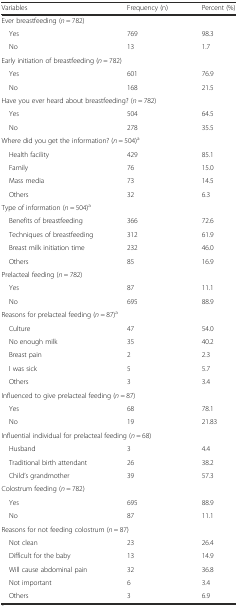
<table><thead><tr><td><b>Variables</b></td><td><b>Frequency (n)</b></td><td><b>Percent (%)</b></td></tr></thead><tbody><tr><td colspan="3">Ever breastfeeding (<i>n</i> = 782)</td></tr><tr><td> Yes</td><td>769</td><td>98.3</td></tr><tr><td> No</td><td>13</td><td>1.7</td></tr><tr><td colspan="3">Early initiation of breastfeeding (<i>n</i> = 782)</td></tr><tr><td> Yes</td><td>601</td><td>76.9</td></tr><tr><td> No</td><td>168</td><td>21.5</td></tr><tr><td colspan="3">Have you ever heard about breastfeeding? (<i>n</i> = 782)</td></tr><tr><td> Yes</td><td>504</td><td>64.5</td></tr><tr><td> No</td><td>278</td><td>35.5</td></tr><tr><td colspan="3">Where did you get the information? (<i>n</i> = 504)<sup>a</sup></td></tr><tr><td> Health facility</td><td>429</td><td>85.1</td></tr><tr><td> Family</td><td>76</td><td>15.0</td></tr><tr><td> Mass media</td><td>73</td><td>14.5</td></tr><tr><td> Others</td><td>32</td><td>6.3</td></tr><tr><td colspan="3">Type of information (<i>n</i> = 504)<sup>a</sup></td></tr><tr><td> Benefits of breastfeeding</td><td>366</td><td>72.6</td></tr><tr><td> Techniques of breastfeeding</td><td>312</td><td>61.9</td></tr><tr><td> Breast milk initiation time</td><td>232</td><td>46.0</td></tr><tr><td> Others</td><td>85</td><td>16.9</td></tr><tr><td colspan="3">Prelacteal feeding (<i>n</i> = 782)</td></tr><tr><td> Yes</td><td>87</td><td>11.1</td></tr><tr><td> No</td><td>695</td><td>88.9</td></tr><tr><td colspan="3">Reasons for prelacteal feeding (<i>n</i> = 87)<sup>a</sup></td></tr><tr><td> Culture</td><td>47</td><td>54.0</td></tr><tr><td> No enough milk</td><td>35</td><td>40.2</td></tr><tr><td> Breast pain</td><td>2</td><td>2.3</td></tr><tr><td> I was sick</td><td>5</td><td>5.7</td></tr><tr><td> Others</td><td>3</td><td>3.4</td></tr><tr><td colspan="3">Influenced to give prelacteal feeding (<i>n</i> = 87)</td></tr><tr><td> Yes</td><td>68</td><td>78.1</td></tr><tr><td> No</td><td>19</td><td>21.83</td></tr><tr><td colspan="3">Influential individual for prelacteal feeding (<i>n</i> = 68)</td></tr><tr><td> Husband</td><td>3</td><td>4.4</td></tr><tr><td> Traditional birth attendant</td><td>26</td><td>38.2</td></tr><tr><td> Child’s grandmother</td><td>39</td><td>57.3</td></tr><tr><td colspan="3">Colostrum feeding (<i>n</i> = 782)</td></tr><tr><td> Yes</td><td>695</td><td>88.9</td></tr><tr><td> No</td><td>87</td><td>11.1</td></tr><tr><td colspan="3">Reasons for not feeding colostrum (<i>n</i> = 87)</td></tr><tr><td> Not clean</td><td>23</td><td>26.4</td></tr><tr><td> Difficult for the baby</td><td>13</td><td>14.9</td></tr><tr><td> Will cause abdominal pain</td><td>32</td><td>36.8</td></tr><tr><td> Not important</td><td>6</td><td>3.4</td></tr><tr><td> Others</td><td>3</td><td>6.9</td></tr></tbody></table>